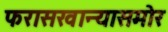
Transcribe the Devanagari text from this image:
फरासखान्यासमोर